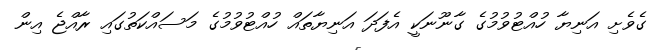
ގެވެށި އަނިޔާ ހުއްޓުވުމުގެ ގާނޫނަކީ އެފަދަ އަނިޔާތައް ހުއްޓުވުމުގެ މަސައްކަތުގައި ރާއްޖެ އިން